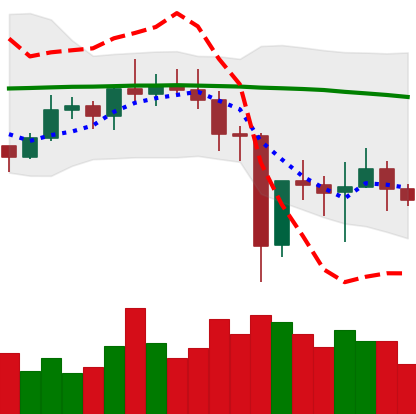
Ticker: NEO-USD
Chart end date: 2020-12-30
Forward return: 10.491%
Label: up_7plus